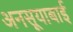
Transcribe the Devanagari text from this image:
अनसूयाबाई